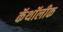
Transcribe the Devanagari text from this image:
कॅथॉलीक